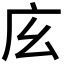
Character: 𢇝